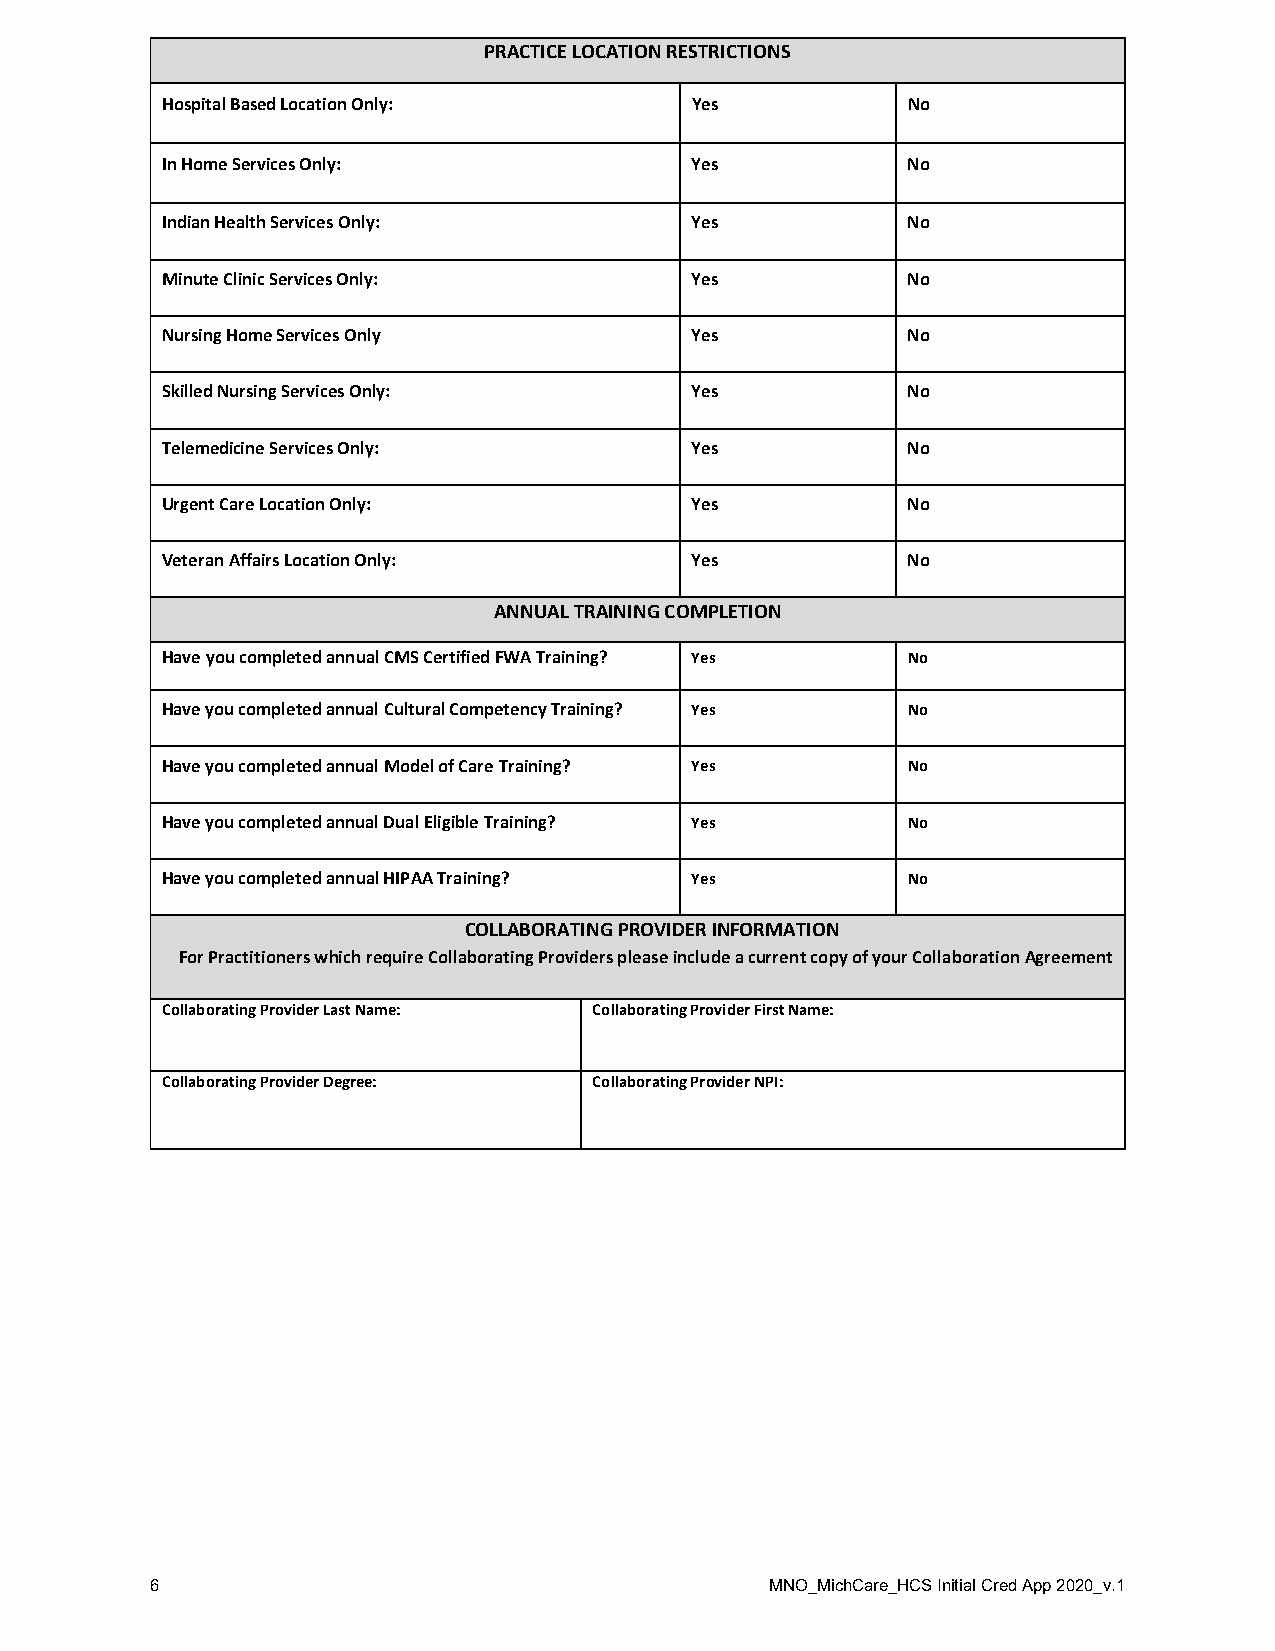
PRACTICE LOCATION RESTRICTIONS
 Hospital Based Location Only:      Yes           No
 In Home Services Only:             Yes           No
 Indian Health Services Only:       Yes           No
 Minute Clinic Services Only:       Yes           No
 Nursing Home Services Only         Yes           No
 Skilled Nursing Services Only:     Yes           No
 Telemedicine Services Only:        Yes           No
 Urgent Care Location Only:         Yes           No
 Veteran Affairs Location Only:     Yes           No
 ANNUAL TRAINING COMPLETION
 Have you completed annual CMS Certified FWA Training? Yes No
 Have you completed annual Cultural Competency Training? Yes No
 Have you completed annual Model of Care Training? Yes No
 Have you completed annual Dual Eligible Training? Yes No
 Have you completed annual HIPAA Training? Yes    No
 COLLABORATING PROVIDER INFORMATION
 For Practitioners which require Collaborating Providers please include a current copy of your Collaboration Agreement
 Collaborating Provider Last Name: Collaborating Provider First Name:
 Collaborating Provider Degree: Collaborating Provider NPI:
 6                                        MNO_MichCare_HCS Initial Cred App 2020_v.1